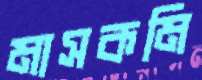
মাসকমি